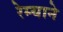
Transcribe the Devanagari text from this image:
रेम्याने